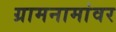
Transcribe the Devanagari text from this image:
ग्रामनामांवर